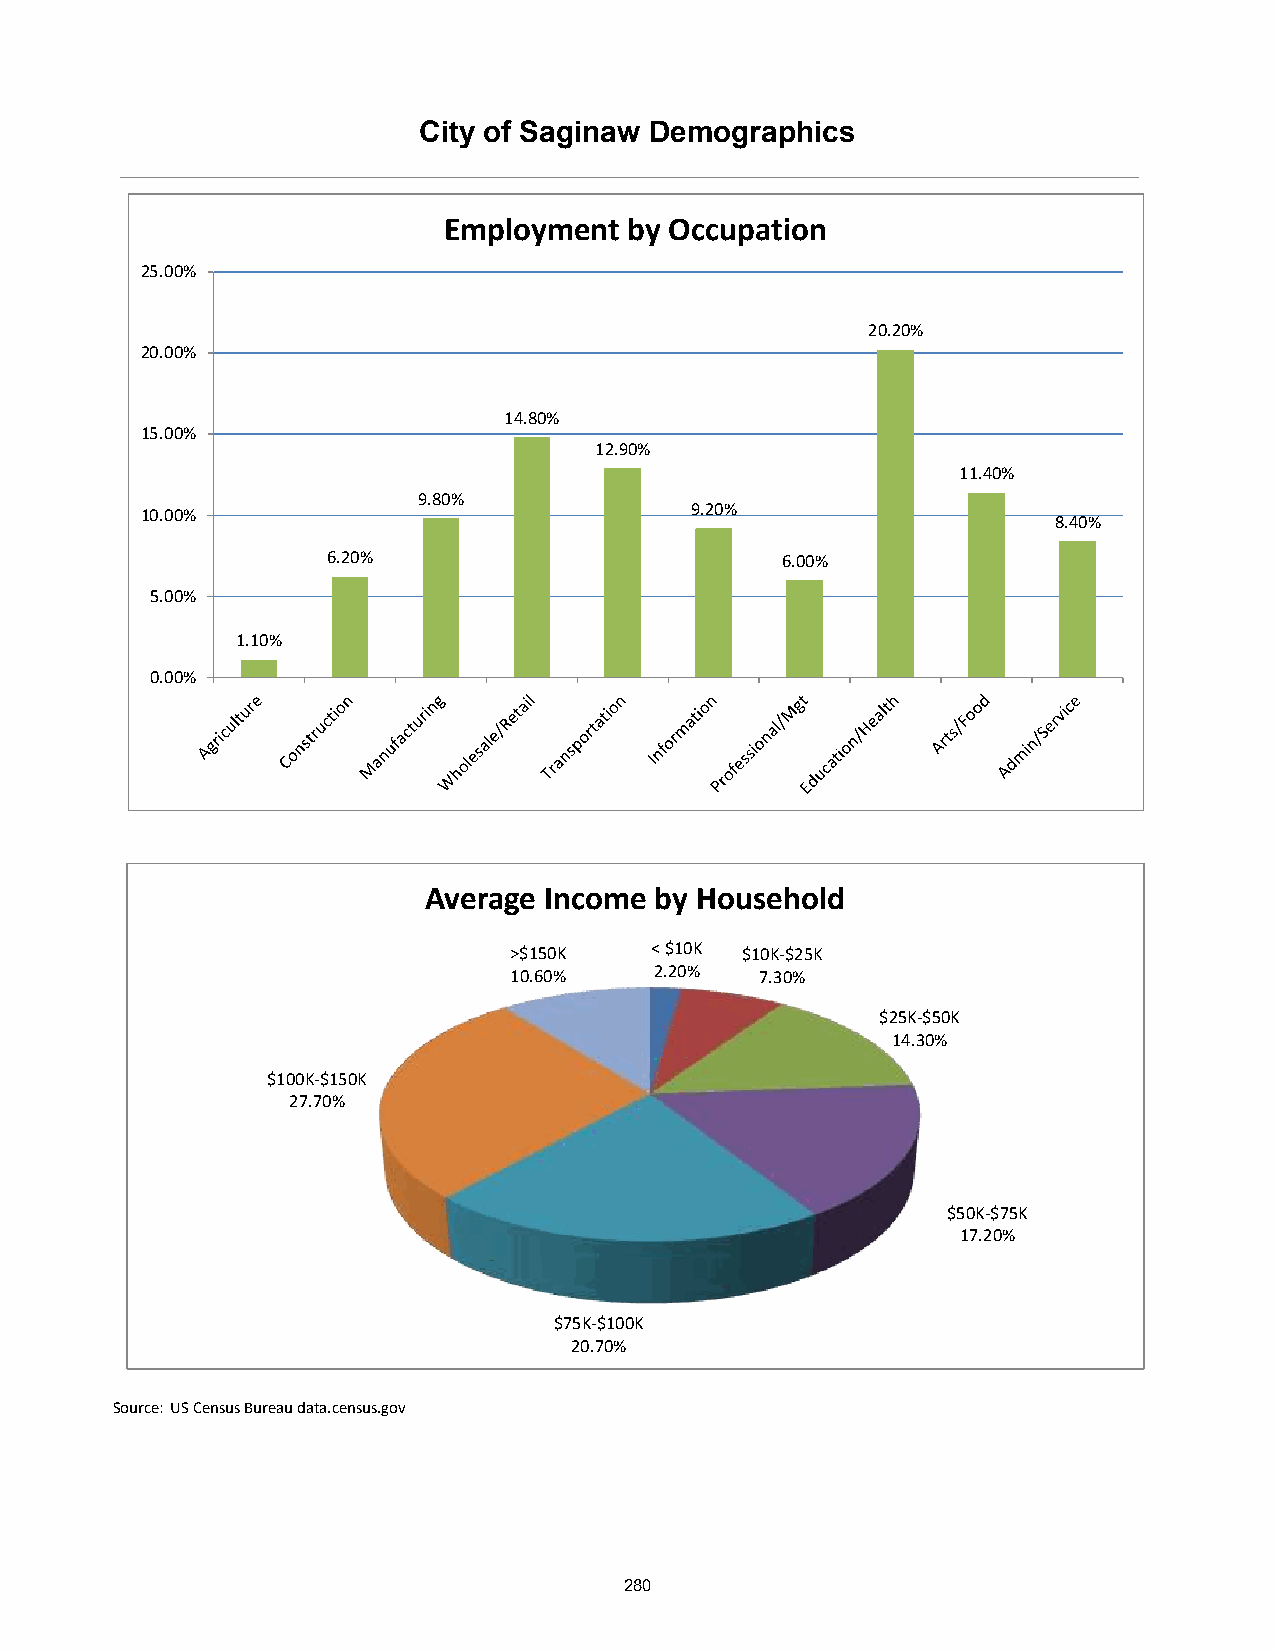
City of Saginaw Demographics
 Employment   by Occupation
 25.00%
 20.20%
 20.00%
 14.80%
 15.00%
 12.90%
 11.40%
 9.80%
 10.00%                               9.20%
 8.40%
 6.20%                         6.00%
 5.00%
 1.10%
 0.00%
 Average Income by Household
 >$150K   < $10K $10K-$25K
 10.60%   2.20%  7.30%
 $25K-$50K
 14.30%
 $100K-$150K
 27.70%
 $50K-$75K
 17.20%
 $75K-$100K
 20.70%
 Source: US Census Bureau data.census.gov
 280